Korporatsioon_Amicitia, lk 9
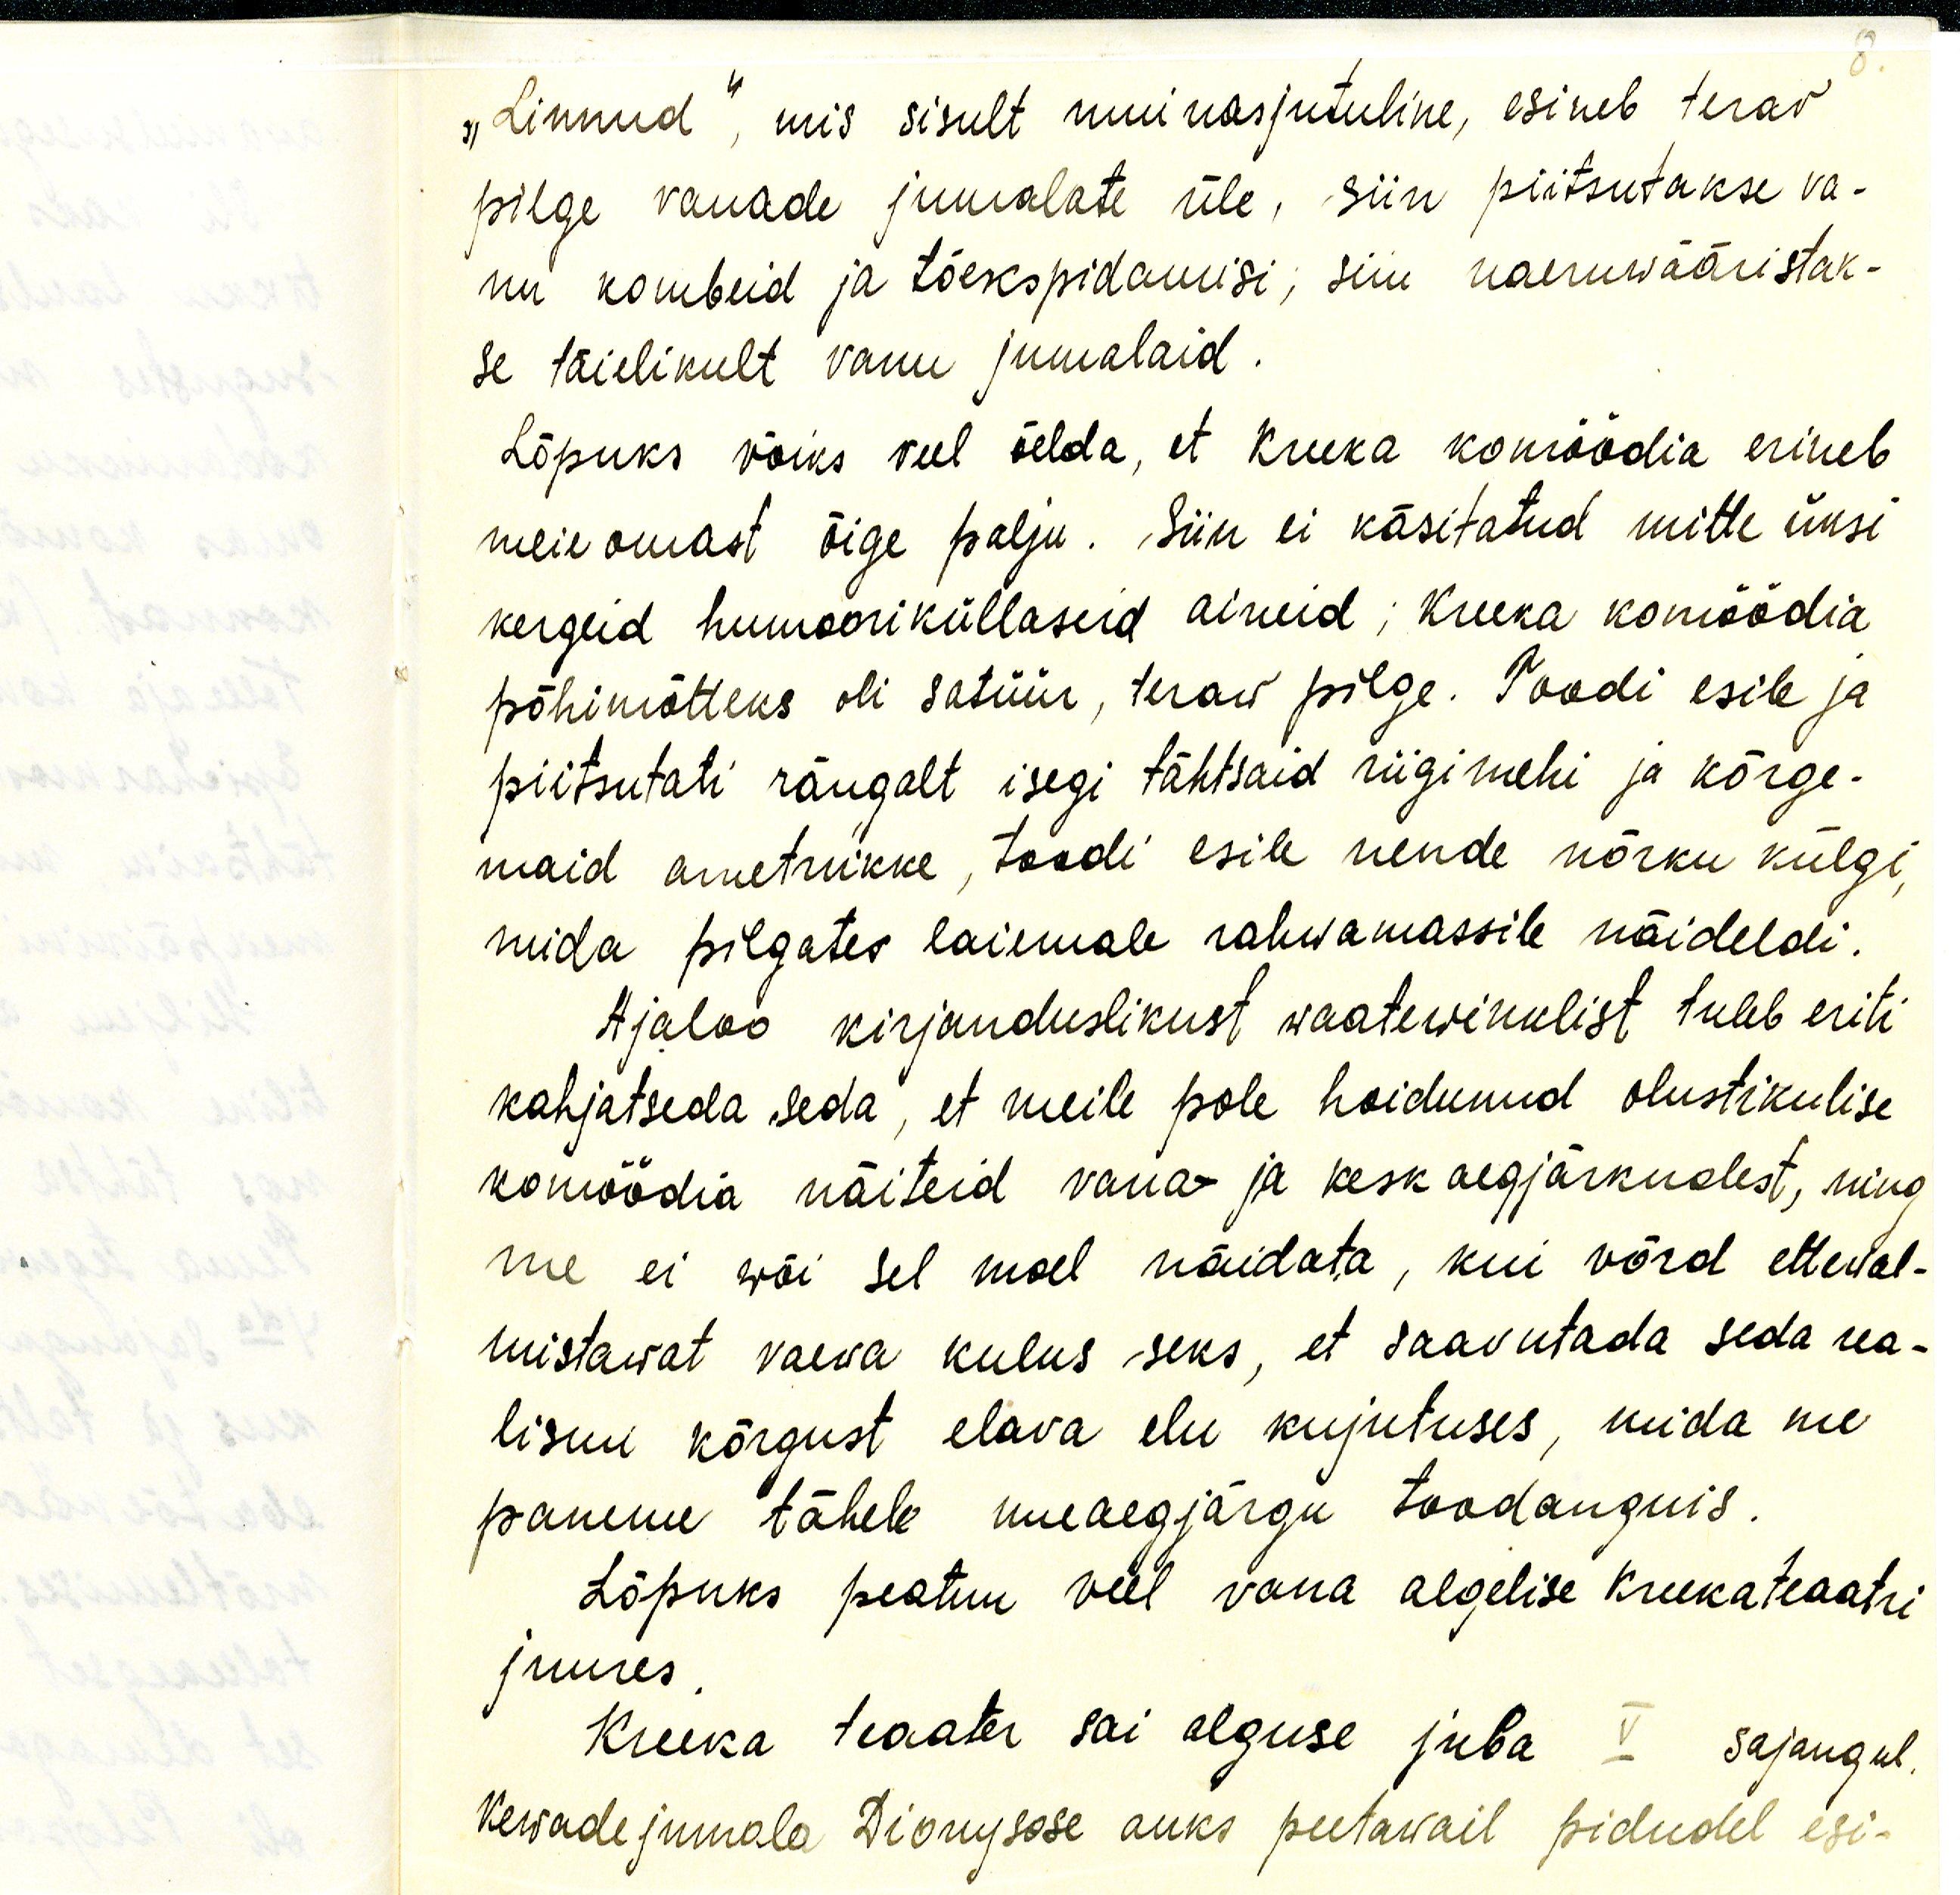
8.
"Linnud", mis sisult muinasjutuline, esineb terav
pilge vanade jumalate üle, siin piitsutakse va-
nu kombeid ja tõekspidamisi, siin naeruwääristak-
se täielikult vanu jumalaid.
Lõpuks võiks veel öelda, et kreeka komöödia erineb
meie omast õige palju. Siin ei käsitatud mitte üksi
kergeid humooriküllaseid aineid; kreeeka komöödia
põhimõtteks oli satüür, teraw pilge. Toodi esile ja
piitsutati rängalt isegi tähtsaid riigimehi ja kõrge-
maid ametnikke, toodi esile nende nõrku külgi,
mida pilgates laiemale rahwamassile näideldi.
Ajaloo kirjanduslikust waatewinklist tuleb eriti
kahjatseda seda, et meile pole hoidunud olustikulise
komöödia näiteid vana- ja kesk aegjärkudest, ning
me ei wõi sel moel näidata, kui võrd etteval-
mistawat vaeva kulus seks, et saavutada seda rea-
lismi kõrgust elava elu kujutuses, mida me-
paneme tähele uue aegjärgu toodanguis.
Lõpuks peatun veel vana algelise kreekateaatri
juures.
Kreeka teaater sai alguse juba V sajangul
kewade jumala Dionysose auks peetawail pidudel esi-